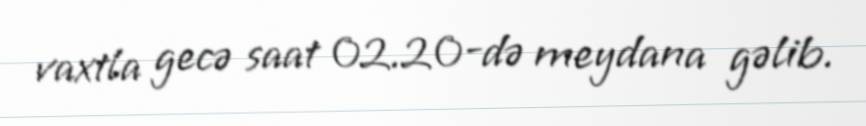
vaxtla gecə saat 02.20-də meydana gəlib.